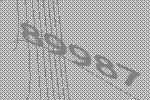
89987